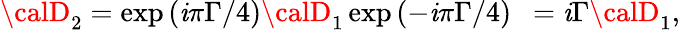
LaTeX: {\calD}_{2}=\exp{(\mathit{i}\pi\Gamma/4)}{\calD}_{1}\exp{(-\mathit{i}\pi\Gamma/4)}~~=\mathit{i}{\Gamma}{\calD}_{1},